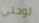
لوحتي